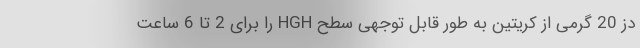
دز 20 گرمی از کریتین به طور قابل توجهی سطح HGH را برای 2 تا 6 ساعت